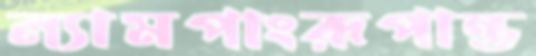
ল্যামপাংরূপান্ত